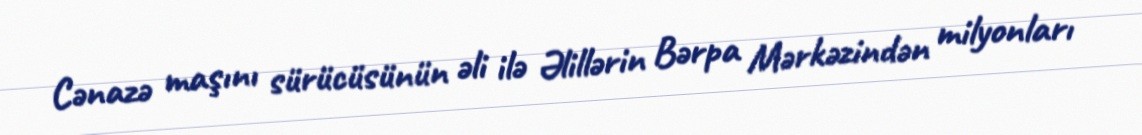
Cənazə maşını sürücüsünün əli ilə Əlillərin Bərpa Mərkəzindən milyonları